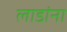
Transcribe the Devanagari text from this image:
लाडांना